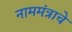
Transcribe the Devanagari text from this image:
नाममंत्राचे